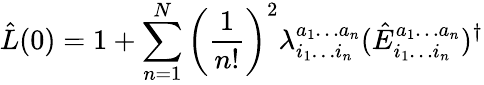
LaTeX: \hat{L}(0)=1+\sum_{n=1}^{N}\left(\frac{1}{n!}\right)^{2}\lambda_{i_{1}\ldots i_{n}}^{a_{1}\ldots a_{n}}(\hat{E}_{i_{1}\ldots i_{n}}^{a_{1}\ldots a_{n}})^{\dagger}